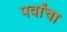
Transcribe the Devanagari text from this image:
पर्वांचा